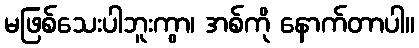
မဖြစ်သေးပါဘူးကွာ၊ အစ်ကို နောက်တာပါ။